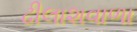
ઢીલાશવાળા